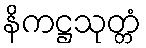
နိကဋ္ဌသုတ္တံ